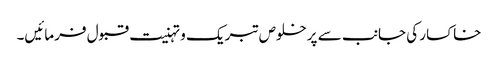
خاکسار کی جانب سے پرخلوص تبریک و تہنیت قبول فرمائیں۔